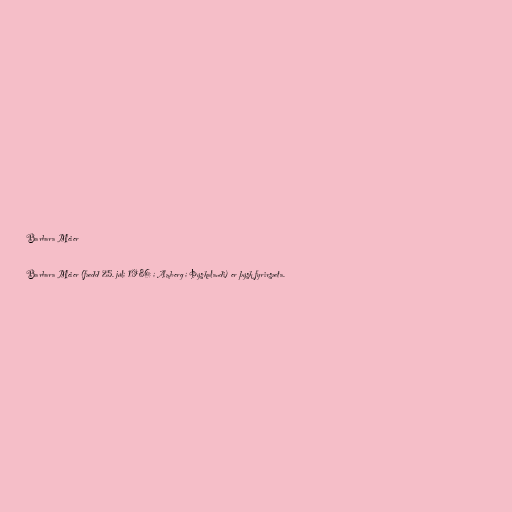
Barbara Meier

Barbara Meier (fædd 25. júlí 1986 í Amberg í Þýskalandi) er þýsk fyrirsæta.